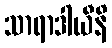
သာရာဒါယီနိ